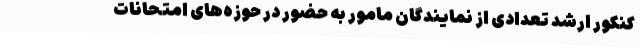
کنکور ارشد تعدادی از نمایندگان مامور به حضور در حوزه‌های امتحانات